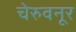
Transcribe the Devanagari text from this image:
चेरुवनूर